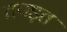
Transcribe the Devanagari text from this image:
तपड़त